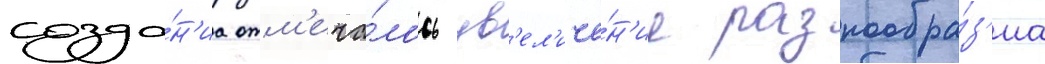
созда́н'иа отм'еча́лось ув'ел'иче́н'ие разнообра́з'иа